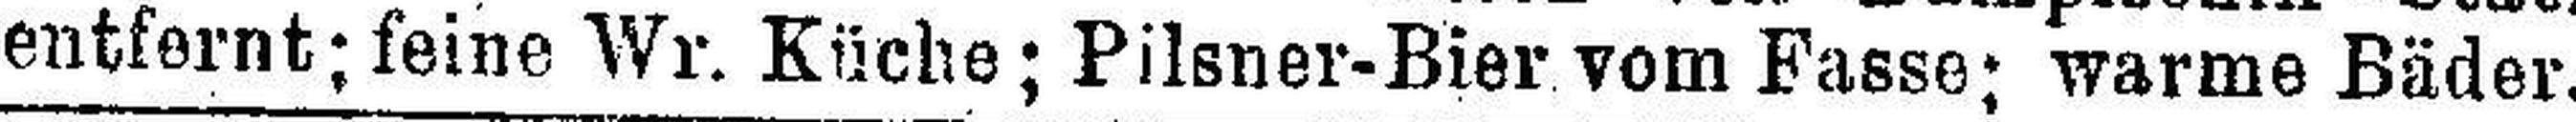
entfernt; feine Wr. Küche; Pilsner-Bier vom Fasse; warme Bäder.